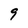
Character: 9